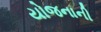
યોજનાની